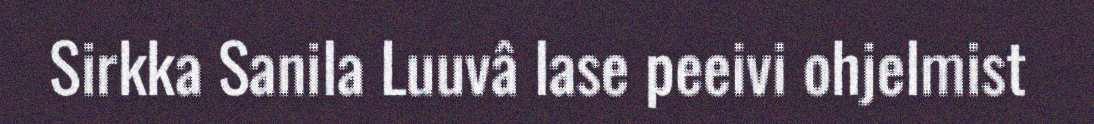
Sirkka Sanila Luuvâ lase peeivi ohjelmist